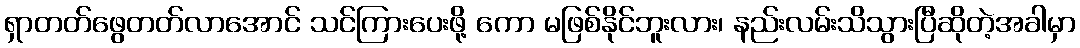
ရှာတတ်ဖွေတတ်လာအောင် သင်ကြားပေးဖို့ ကော မဖြစ်နိုင်ဘူးလား၊ နည်းလမ်းသိသွားပြီဆိုတဲ့အခါမှာ